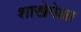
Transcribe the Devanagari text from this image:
शाखेपेक्षा